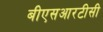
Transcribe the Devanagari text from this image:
बीएसआरटीसी